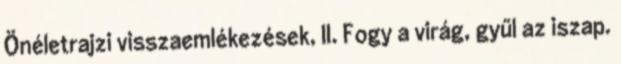
Önéletrajzi visszaemlékezések, II. Fogy a virág, gyűl az iszap.